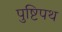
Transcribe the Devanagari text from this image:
पुष्टिपथ